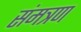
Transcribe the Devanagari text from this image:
संमत्रण